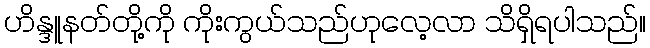
ဟိန္ဒူနတ်တို့ကို ကိုးကွယ်သည်ဟုလေ့လာ သိရှိရပါသည်။